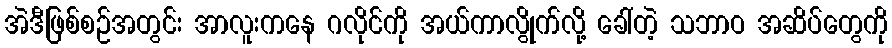
အဲဒီဖြစ်စဉ်အတွင်း အာလူးကနေ ဂလိုင်ကို အယ်ကာလွိုက်လို့ ခေါ်တဲ့ သဘာဝ အဆိပ်တွေကို